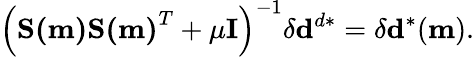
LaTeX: \left(\mathbf{S(m)}\mathbf{S(m)}^{T}+\mu\mathbf{I}\right)^{-1}\delta\mathbf{d}^{d*}=\delta\mathbf{d}^{*}(\mathbf{m}).